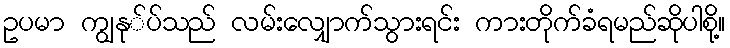
ဥပမာ ကျွနု်ပ်သည် လမ်းလျှောက်သွားရင်း ကားတိုက်ခံရမည်ဆိုပါစို့။